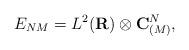
LaTeX: \begin{align*}E_{NM}=L^2({\bf R})\otimes {\bf C}^N_{(M)},\end{align*}